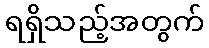
ရရှိသည့်အတွက်